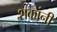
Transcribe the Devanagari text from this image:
शकांनी